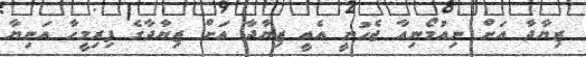
ޒިޔާދާ އަށް ނިއުމޯނިއާ ޖެހުނީ އެއީ ޒިޔާދާ އަށް ޒިޔާދާގެ ފިރިމީހާ އަނިޔާ